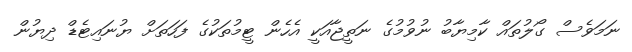
ނަމަވެސް ގޯލުތައް ކާމިޔާބު ނުވުމުގެ ނަތީޖާއަކީ އެހެން ޓީމުތަކުގެ ފަހަތަށް ޔުނައިޓެޑް ދިޔުން